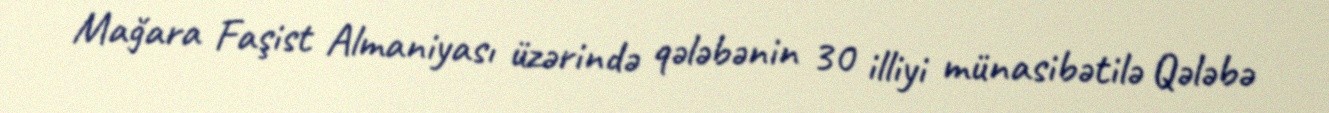
Mağara Faşist Almaniyası üzərində qələbənin 30 illiyi münasibətilə Qələbə